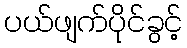
ပယ်ဖျက်ပိုင်ခွင့်